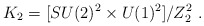
\begin{align*}K_2 = [SU(2)^2 \times U(1)^2]/Z_2^2 \ .\end{align*}